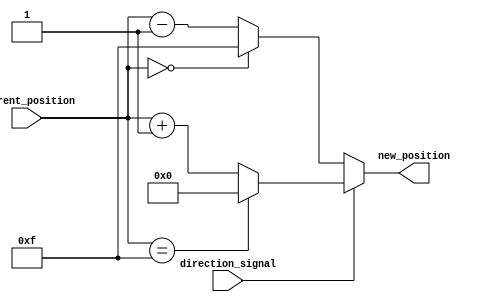
module relative_encoder #(parameter N = 4) (
    input  wire [N-1:0] current_position, // N-bit current position
    input  wire         direction_signal,   // Direction (1: clockwise, 0: counterclockwise)
    output wire [N-1:0] new_position        // N-bit new position
);

// Internal parameters
localparam MAX_POSITION = (1 << N) - 1; // Maximum value for N bits
localparam MIN_POSITION = 0;             // Minimum value for N bits

// Combinational logic to calculate new position
assign new_position = (direction_signal) ? 
                      ((current_position == MAX_POSITION) ? MIN_POSITION : current_position + 1) :
                      ((current_position == MIN_POSITION) ? MAX_POSITION : current_position - 1);

endmodule